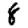
Digit: 8